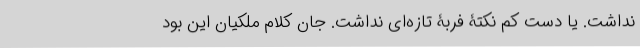
نداشت. یا دست کم نکتۀ فربۀ تازه‌ای نداشت. جان کلام ملکیان این بود